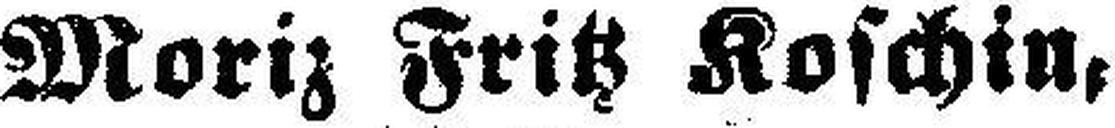
Moriz Fritz Koschin,